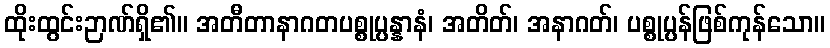
ထိုးထွင်းဉာဏ်ရှိ၏။ အတီတာနာဂတပစ္စုပ္ပန္နာနံ၊ အတိတ်၊ အနာဂတ်၊ ပစ္စုပ္ပန်ဖြစ်ကုန်သော။